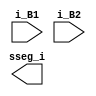
module sseg_add_sub (input i_B1, input i_B2, output sseg_i);

reg sseg_Current;


// first I've gotta debounce the switches....
// but then

reg B1_db, B2_db;

// insert case structure for sseg_Up / sseg_Down based on sseg_Current;




// The creation of sseg_up / down isn't 100% necessary, but feels cleaner
always @ (B1_db, B2_db)
begin
	if (B1_db && ~B2_db) 
		sseg_Next <= sseg_Up;
	if (~B1_db && B2_db)
		sseg_Next <= sseg_Down;

end


endmodule